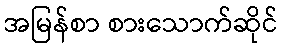
အမြန်စာ စားသောက်ဆိုင်